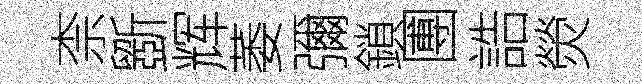
柰斵辉萎彌鎖圑誥熒